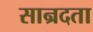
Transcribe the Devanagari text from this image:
सान्रदता